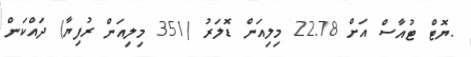
.ޔޮޓް ޓުއާސް އަށް 22.78 މިލިއަން ޑޮލަރު (351 މިލިއަން ރުފިޔާ) ދައްކަން